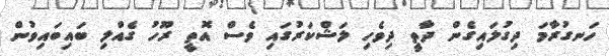
ހަނގުރާމަ ދިގުލައިގެން ދާތީ ދިވެހި ލަޝްކަރުގައި ވެސް އޮތީ ރޫހު ގެއްލި ބައިބައިވުން